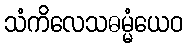
သံကိလေသဓမ္မံယေဝ